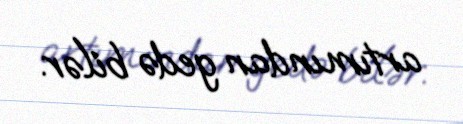
artımından gedə bilər.